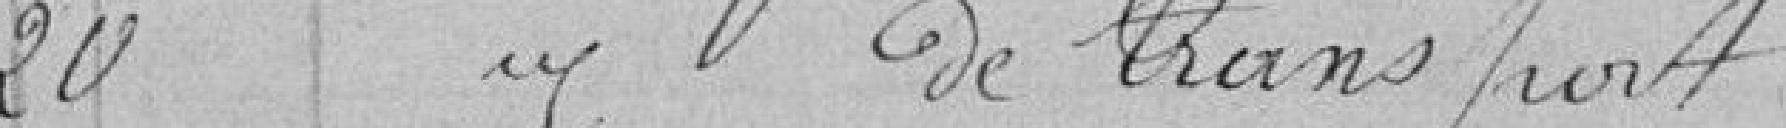
20 - Frais de transport